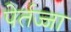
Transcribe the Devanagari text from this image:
पेर्तज्जा